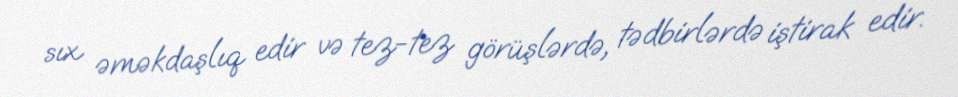
sıx əməkdaşlıq edir və tez-tez görüşlərdə, tədbirlərdə iştirak edir.